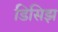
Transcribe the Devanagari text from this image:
डिसिझ